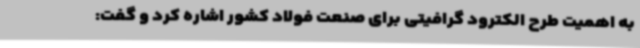
به اهمیت طرح الکترود گرافیتی برای صنعت فولاد کشور اشاره کرد و گفت: